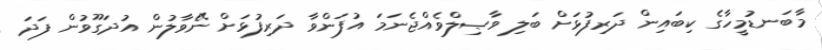
މާބަނޑުމީހާގެ ކިބައިން ދަރިފުޅަށް ބަލި ވާޞިލްވެއްޖެނަމަ އުފަންވާ ދަރިފުޅަށް ނޭވާލުން އުދަގޫވުން ފަދަ